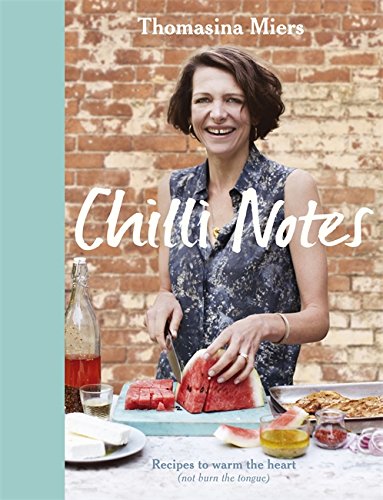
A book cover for Chilli Notes: Recipes to Warm the Heart (Not Burn the Tongue); Thomasina Miers; Cookbooks, Food & Wine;